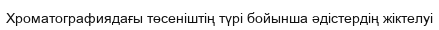
Хроматографиядағы төсеніштің түрі бойынша әдістердің жіктелуі